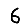
Digit: 6